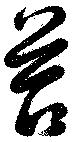
苔